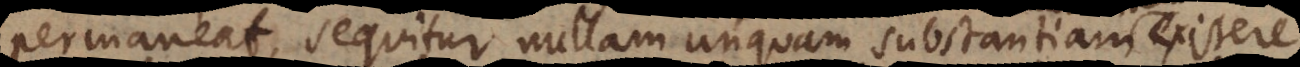
permaneat, sequitur nullam unquam substantiam existere